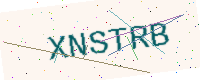
Text: XNSTRB